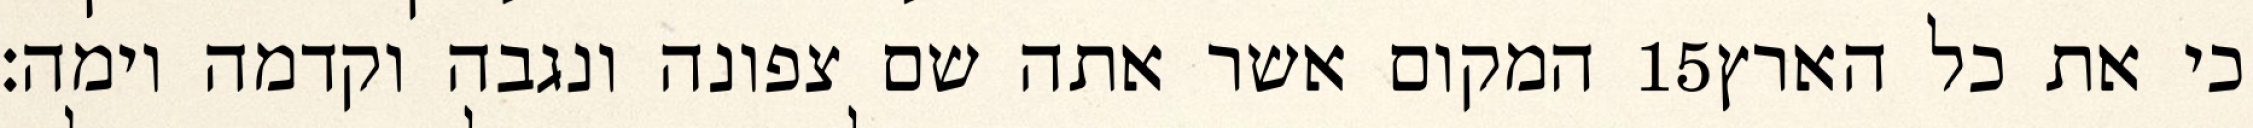
המקום אשר אתה שם צפונה ונגבה וקדמה וימה׃ ‎15‏ כי את כל הארץ